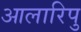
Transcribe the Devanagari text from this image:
आलारिपु